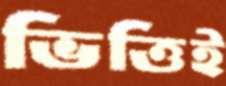
ভিত্তিই